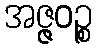
အဇ္ဇဝဉ္စ